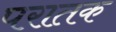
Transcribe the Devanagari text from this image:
परातक